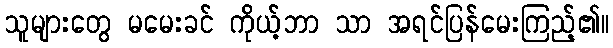
သူများတွေ မမေးခင် ကိုယ့်ဘာ သာ အရင်ပြန်မေးကြည့်၏။